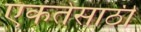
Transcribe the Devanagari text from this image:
एकतेसाठी